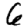
Digit: 6